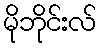
မိုဘိုင်းလ်